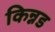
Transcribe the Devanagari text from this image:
किन्नड